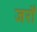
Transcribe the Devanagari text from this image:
जरौं